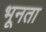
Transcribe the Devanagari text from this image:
भूनता